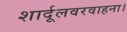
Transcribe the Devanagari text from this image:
शार्दूलवरवाहना।